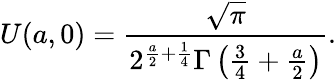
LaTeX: U(a,0)=\frac{\sqrt{\pi}}{2^{\frac{a}{2}+\frac{1}{4}}\Gamma\left(\frac{3}{4}+\frac{a}{2}\right)}.